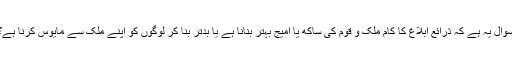
سوال یہ ہے کہ ذرائع ابلاغ کا کام ملک و قوم کی ساکھ یا امیج بہتر بنانا ہے یا بدتر بنا کر لوگوں کو اپنے ملک سے مایوس کرنا ہے؟